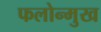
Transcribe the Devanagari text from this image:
फलोन्मुख